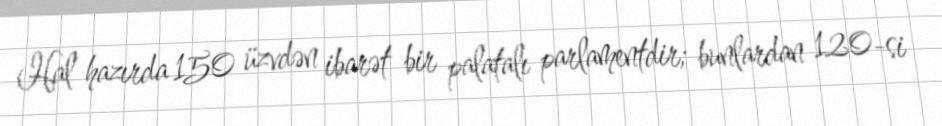
Hal hazırda 150 üzvdən ibarət bir palatalı parlamentdir; bunlardan 120-si